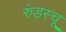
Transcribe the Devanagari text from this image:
रुंडस्चू